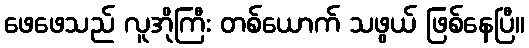
ဖေဖေသည် လူအိုကြီး တစ်ယောက် သဖွယ် ဖြစ်နေပြီ။